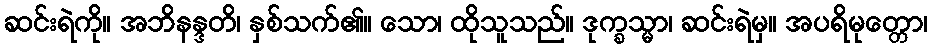
ဆင်းရဲကို။ အဘိနန္ဒတိ၊ နှစ်သက်၏။ သော၊ ထိုသူသည်။ ဒုက္ခသ္မာ၊ ဆင်းရဲမှ။ အပရိမုတ္တော၊